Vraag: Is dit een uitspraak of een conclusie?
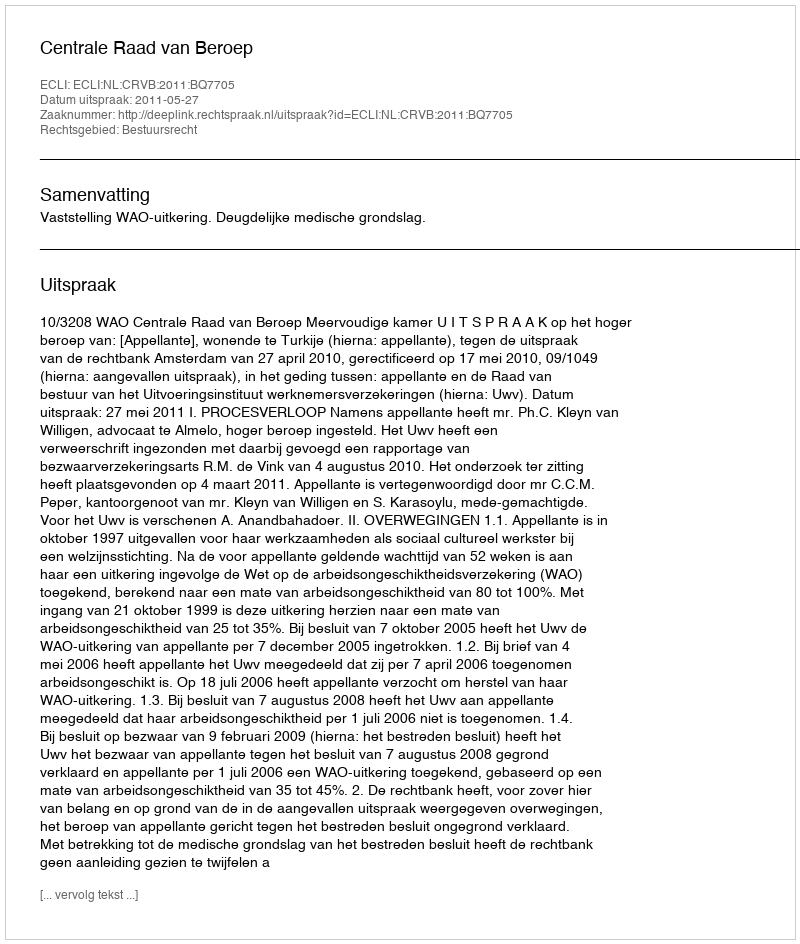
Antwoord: Uitspraak